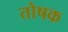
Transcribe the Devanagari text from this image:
तोषक